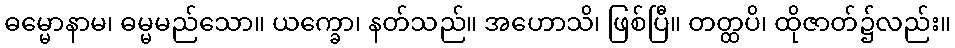
ဓမ္မောနာမ၊ ဓမ္မမည်သော။ ယက္ခော၊ နတ်သည်။ အဟောသိ၊ ဖြစ်ပြီ။ တတ္ထပိ၊ ထိုဇာတ်၌လည်း။